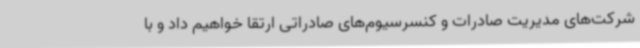
شرکت‌های مدیریت صادرات و کنسرسیوم‌های صادراتی ارتقا خواهیم داد و با